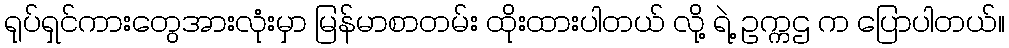
ရုပ်ရှင်ကားတွေအားလုံးမှာ မြန်မာစာတမ်း ထိုးထားပါတယ် လို့ ရဲ့ ဥက္ကဌ က ပြောပါတယ်။